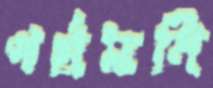
পর্ষদনি